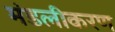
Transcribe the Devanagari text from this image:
मंडलीकरण